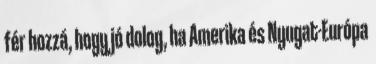
fér hozzá, hogy jó dolog, ha Amerika és Nyugat-Európa